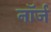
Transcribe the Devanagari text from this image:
नॉर्ज